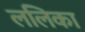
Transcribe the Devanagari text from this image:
ललिका